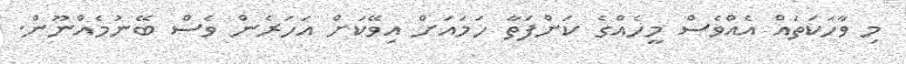
މި ވާހަކަތައް އެއްވެސް މީހެއްގެ ކަންފަތާ ހަމައަށް އިވޭކަށް އަހަރެން ވެސް ބޭނުމެއްނޫން.